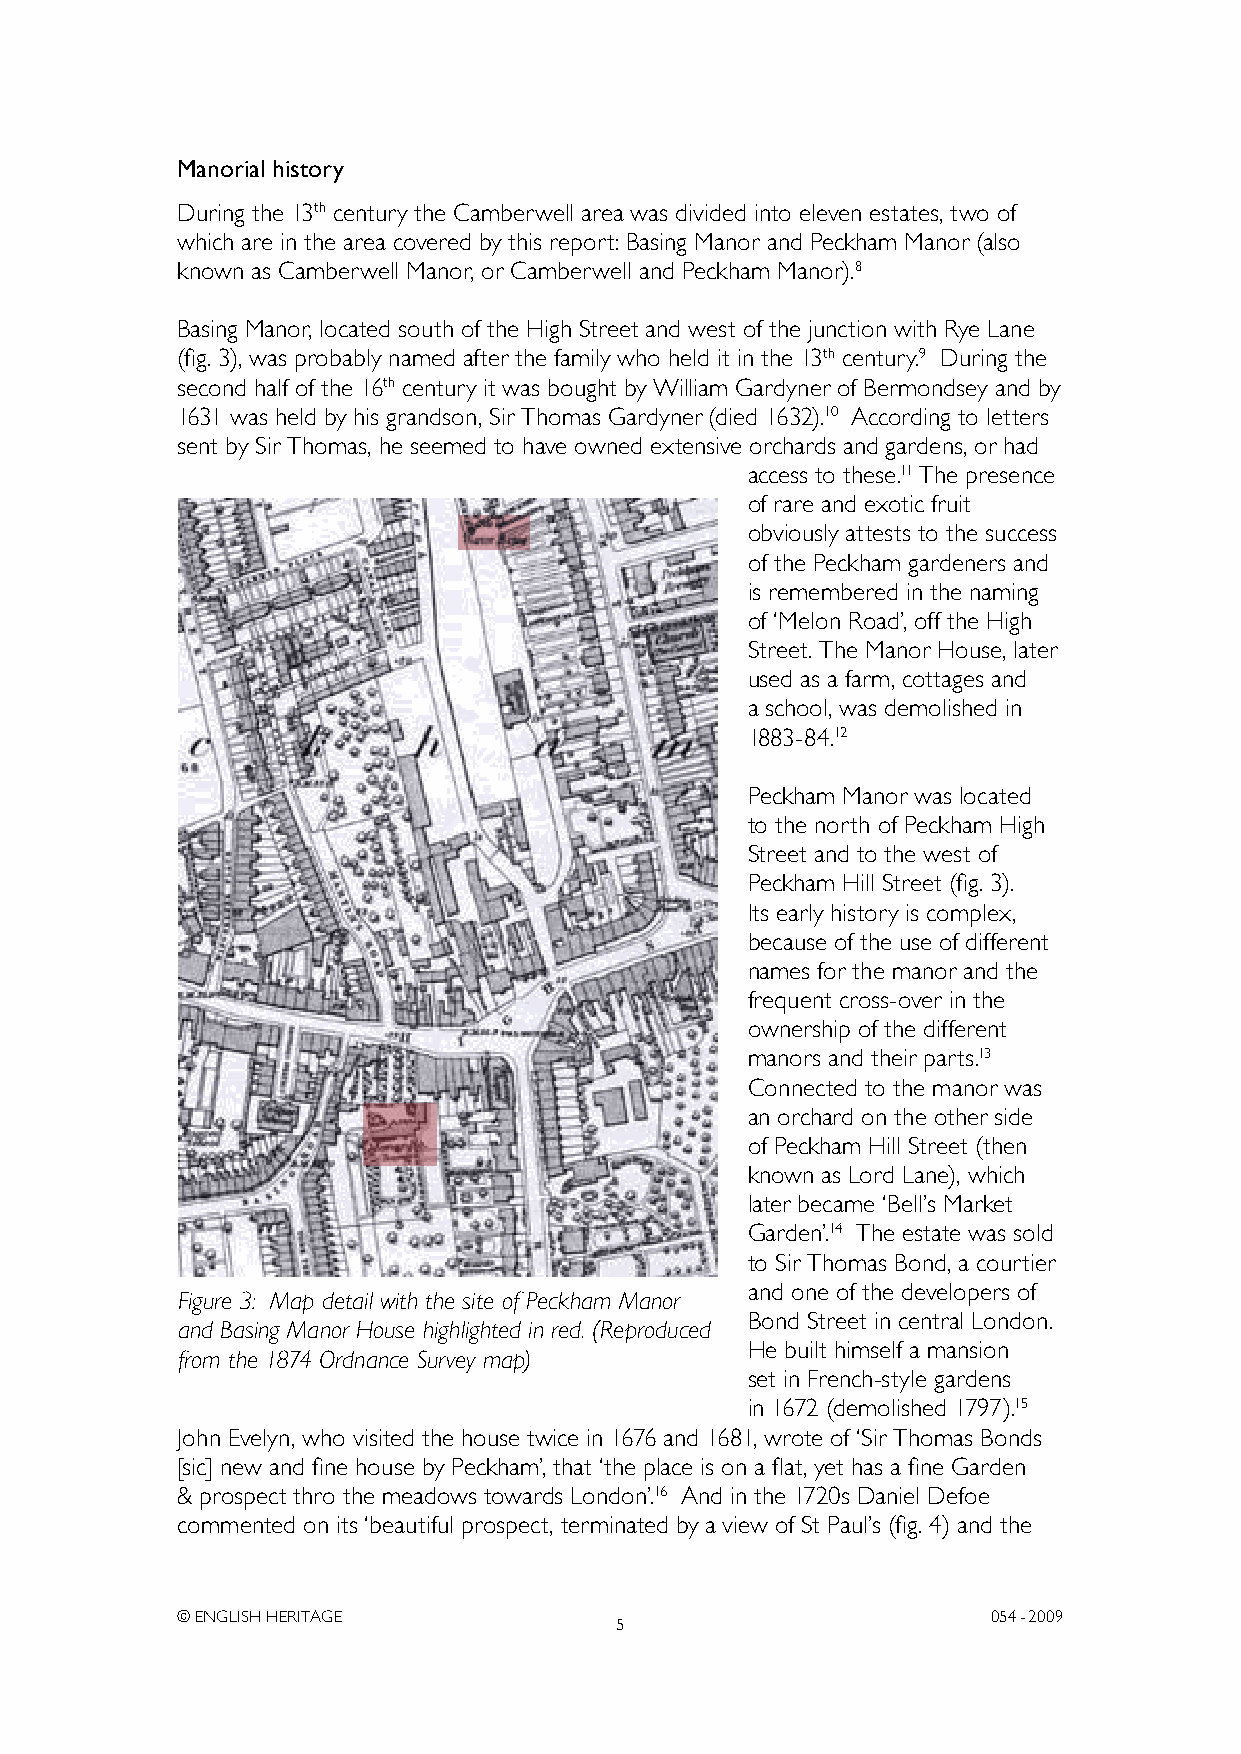
Manorial history
 During the 13th century the Camberwell area was divided into eleven estates, two of
 which are in the area covered by this report: Basing Manor and Peckham Manor (also
 known as Camberwell Manor, or Camberwell and Peckham Manor).8
 Basing Manor, located south of the High Street and west of the junction with Rye Lane
 (fig. 3), was probably named after the family who held it in the 13th century.9 During the
 second half of the 16th century it was bought by William Gardyner of Bermondsey and by
 1631 was held by his grandson, Sir Thomas Gardyner (died 1632).10 According to letters
 sent by Sir Thomas, he seemed to have owned extensive orchards and gardens, or had
 access to these.11 The presence
 of rare and exotic fruit
 obviously attests to the success
 of the Peckham gardeners and
 is remembered in the naming
 of ‘Melon Road’, off the High
 Street. The Manor House, later
 used as a farm, cottages and
 a school, was demolished in
 1883-84.12
 Peckham Manor was located
 to the north of Peckham High
 Street and to the west of
 Peckham Hill Street (fig. 3).
 Its early history is complex,
 because of the use of different
 names for the manor and the
 frequent cross-over in the
 ownership of the different
 manors and their parts.13
 Connected to the manor was
 an orchard on the other side
 of Peckham Hill Street (then
 known as Lord Lane), which
 later became ‘Bell’s Market
 Garden’.14 The estate was sold
 to Sir Thomas Bond, a courtier
 and one of the developers of
 Figure 3: Map detail with the site of Peckham Manor
 Bond Street in central London.
 and Basing Manor House highlighted in red. (Reproduced
 He built himself a mansion
 from the 1874 Ordnance Survey map)
 set in French-style gardens
 in 1672 (demolished 1797).15
 John Evelyn, who visited the house twice in 1676 and 1681, wrote of ‘Sir Thomas Bonds
 [sic] new and fine house by Peckham’, that ‘the place is on a flat, yet has a fine Garden
 & prospect thro the meadows towards London’.16 And in the 1720s Daniel Defoe
 commented on its ‘beautiful prospect, terminated by a view of St Paul’s (fig. 4) and the
 © ENGLISH HERITAGE                                    054- 2009
 5